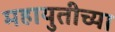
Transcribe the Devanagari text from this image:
महायुतीच्या